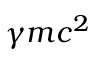
\gamma m c ^ { 2 }